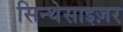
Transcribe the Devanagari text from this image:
सिन्थेसाइज़र